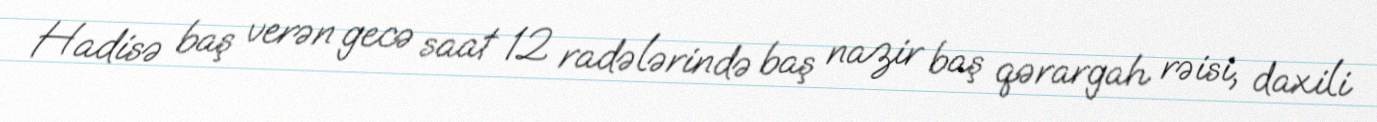
Hadisə baş verən gecə saat 12 radələrində baş nazir baş qərargah rəisi, daxili